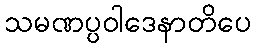
သမဏပ္ပဝါဒေနာတိပေ